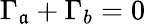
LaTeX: \Gamma_{\mathfrak{a}}+\Gamma_{b}=0